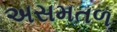
અસમતળ